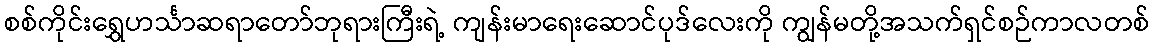
စစ်ကိုင်းရွှေဟင်္သာဆရာတော်ဘုရားကြီးရဲ့ ကျန်းမာရေးဆောင်ပုဒ်လေးကို ကျွန်မတို့အသက်ရှင်စဉ်ကာလတစ်